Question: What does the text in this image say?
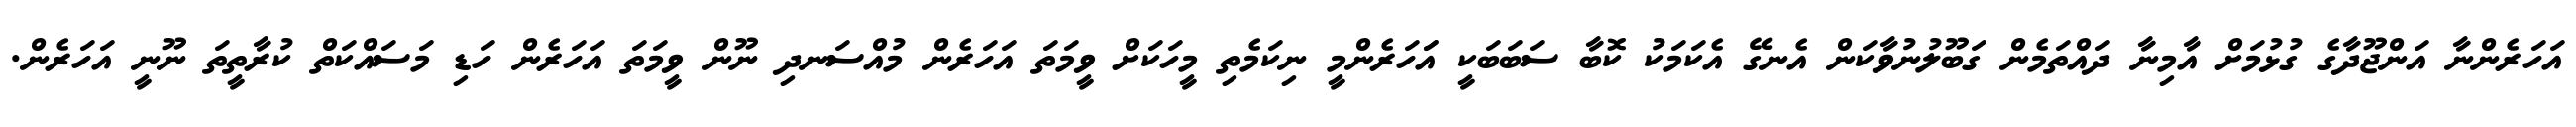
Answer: އަހަރެންނާ އަންޖޫދާގެ ގުޅުމަށް އާމިނާ ދައްތަމެން ގަބޫލުނުވާކަން އެނގޭ އެކަމަކު ކޮބާ ސަބަބަކީ އަަހަރެންމީ ނިކަމެތި މީހަކަށް ވީމަތަ އަހަރެން މުއްސަނދި ނޫން ވީމަތަ އަހަރެން ހަޑި މަސައްކަތް ކުރާތީތަ ނޫނީ އަހަރެން.